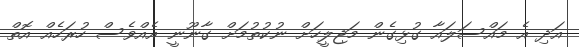
އަދި އެ މައްސަލައާ ގުޅިގެން މަޖިލީހަށް ނުކުތުމަށް ގާނޫނީ އެއްވެސް ހުރަހެއް އޮތް